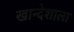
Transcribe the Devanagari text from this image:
खान्देशाला